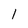
Character: l